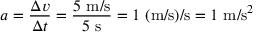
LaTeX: a = { \frac { \Delta v } { \Delta t } } = { \frac { 5 { \mathrm { ~ m / s } } } { 5 { \mathrm { ~ s } } } } = 1 { \mathrm { ~ ( m / s ) / s } } = 1 { \mathrm { ~ m / s } } ^ { 2 }